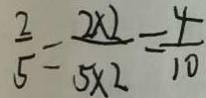
\frac { 2 } { 5 } = \frac { 2 \times 2 } { 5 \times 2 } = \frac { 4 } { 1 0 }